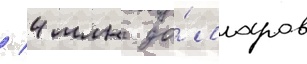
/ 4 млн до́лларов